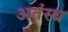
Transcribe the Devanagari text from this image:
अतंस्थ